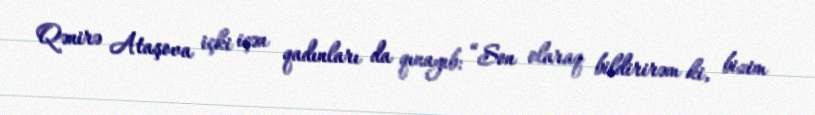
Qənirə Ataşova içki içən qadınları da qınayıb: “Son olaraq bildirirəm ki, bizim